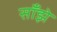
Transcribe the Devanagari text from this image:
साँझे